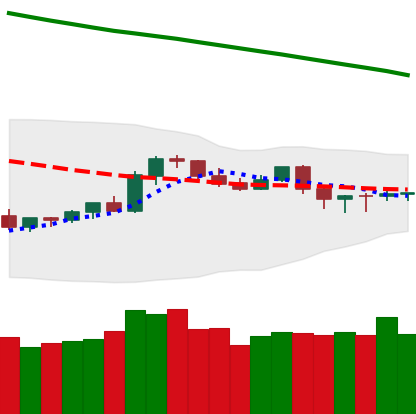
Ticker: TRX-USD
Chart end date: 2019-10-20
Forward return: 13.42%
Label: up_7plus